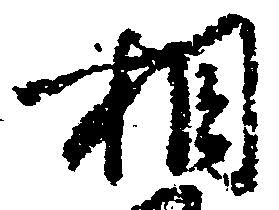
相